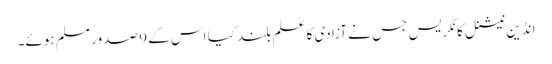
انڈین نیشنل کانگریس جس نے آزادی کا علم بلند کیا اس کے 9 صدور مسلم ہوئے۔